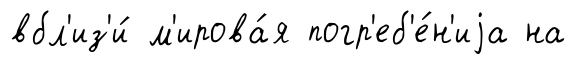
вбл'из'и́ м'ирова́я погр'еб'е́н'иjа на